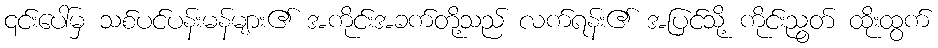
၎င်းပေါ်မှ သစ်ပင်ပန်းမန်များ၏ အကိုင်းအခက်တို့သည် လက်ရန်း၏ အပြင်သို့ ကိုင်းညွတ် ထိုးထွက်